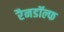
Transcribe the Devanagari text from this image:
रैनडॉल्फ